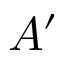
A ^ { \prime }